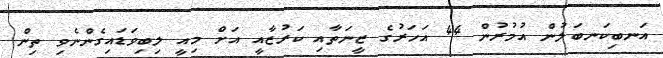
އަނބިކަނބަލުން އުމުރުން 44 އަހަރުގެ ޒީނަތާއި ކަރުޒާއީ އަށް މިއީ ލިބިވަޑައިގެންނެވި ތިން